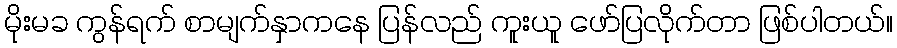
မိုးမခ ကွန်ရက် စာမျက်နှာကနေ ပြန်လည် ကူးယူ ဖော်ပြလိုက်တာ ဖြစ်ပါတယ်။